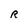
Character: R